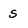
Character: S